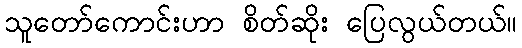
သူတော်ကောင်းဟာ စိတ်ဆိုး ပြေလွယ်တယ်။